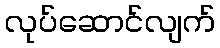
လုပ်ဆောင်လျက်